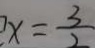
x = \frac { 3 } { 2 }